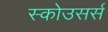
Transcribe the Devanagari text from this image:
स्कोउसर्स